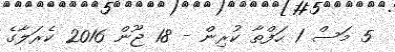
5 މަސް 1 ހަފްތާ ކުރިން - 18 ޖޫން 2016 ކެރަލާގެ